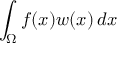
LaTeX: \int _ { \Omega } f ( x ) w ( x ) \, d x